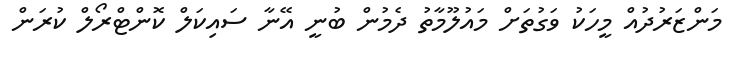
މަންޒަރުދުއް މީހަކު ވަގުތަށް މައުލޫމާތު ދެމުން ބުނީ އޭނާ ސައިކަލް ކޮންޓްރޯލް ކުރަން